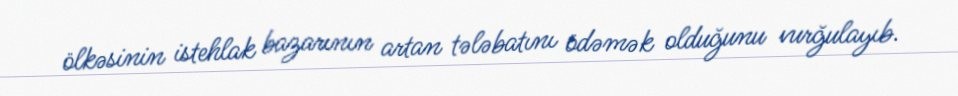
ölkəsinin istehlak bazarının artan tələbatını ödəmək olduğunu vurğulayıb.